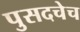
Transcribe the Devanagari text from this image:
पुसदचेच